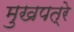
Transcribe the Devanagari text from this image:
मुखपत्रे